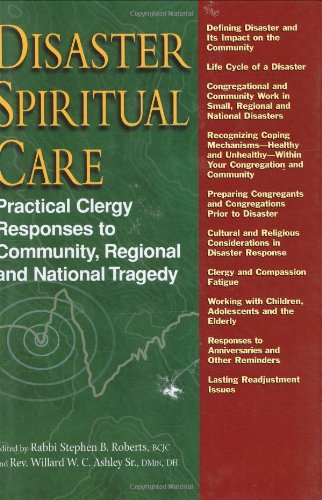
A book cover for Disaster Spiritual Care: Practical Clergy Responses to Community, Regional and National Tragedy; Stephen B. Roberts; Christian Books & Bibles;